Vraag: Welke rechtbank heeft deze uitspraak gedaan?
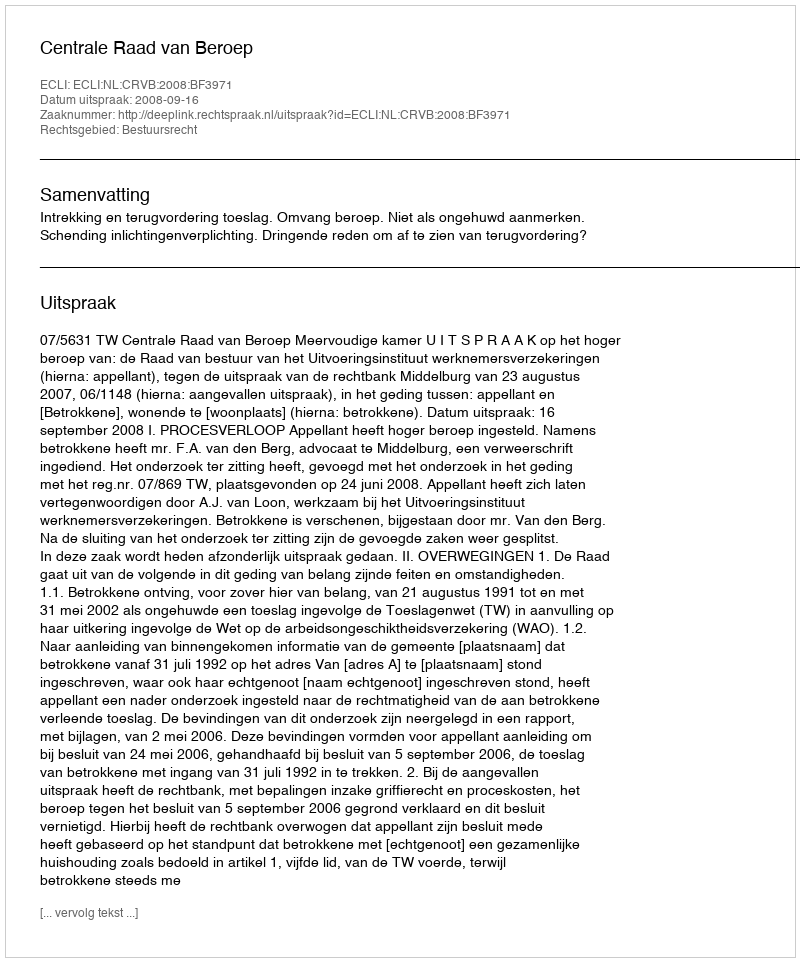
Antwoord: Centrale Raad van Beroep